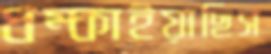
ধম্‌কাইয়াছিস